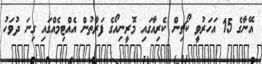
އޭނާގެ 15 އަހަރުވީ ކޯޗިން ކެރިއާގައި މޮރީނިއޯގެ ފަރާތުން އެއްޓިމެއްގައި ގިނަ ދުވަހު